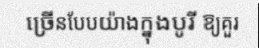
ច្រើនបែបយ៉ាងក្នុងបូរី ឱ្យគួរ